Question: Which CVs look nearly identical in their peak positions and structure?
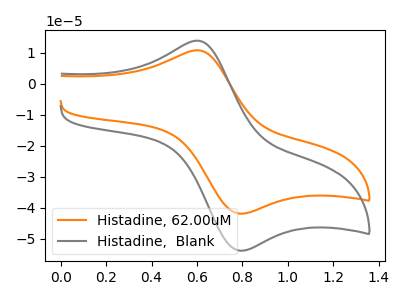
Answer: <think>The orange curve "Histadine, 62.00uM" has an anodic peak at (0.60V, 10.85uA) and a cathodic peak at (0.80V, -41.85uA). The gray curve "Histadine,  Blank" has an anodic peak at (0.60V, 13.90uA) and a cathodic peak at (0.80V, -53.80uA).
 All the peaks in "Histadine, 62.00uM" have a peak in "Histadine,  Blank" at the same potential. Every peak in "Histadine, 62.00uM" is lower than every peak in "Histadine,  Blank".</think>
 <answer>"Histadine,  Blank" and "Histadine, 62.00uM" have the same shape and are likely CV's of the same chemical.</answer>
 <eval>"Histadine,  Blank" "Histadine, 62.00uM"</eval>